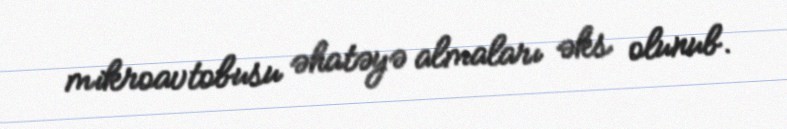
mikroavtobusu əhatəyə almaları əks olunub.